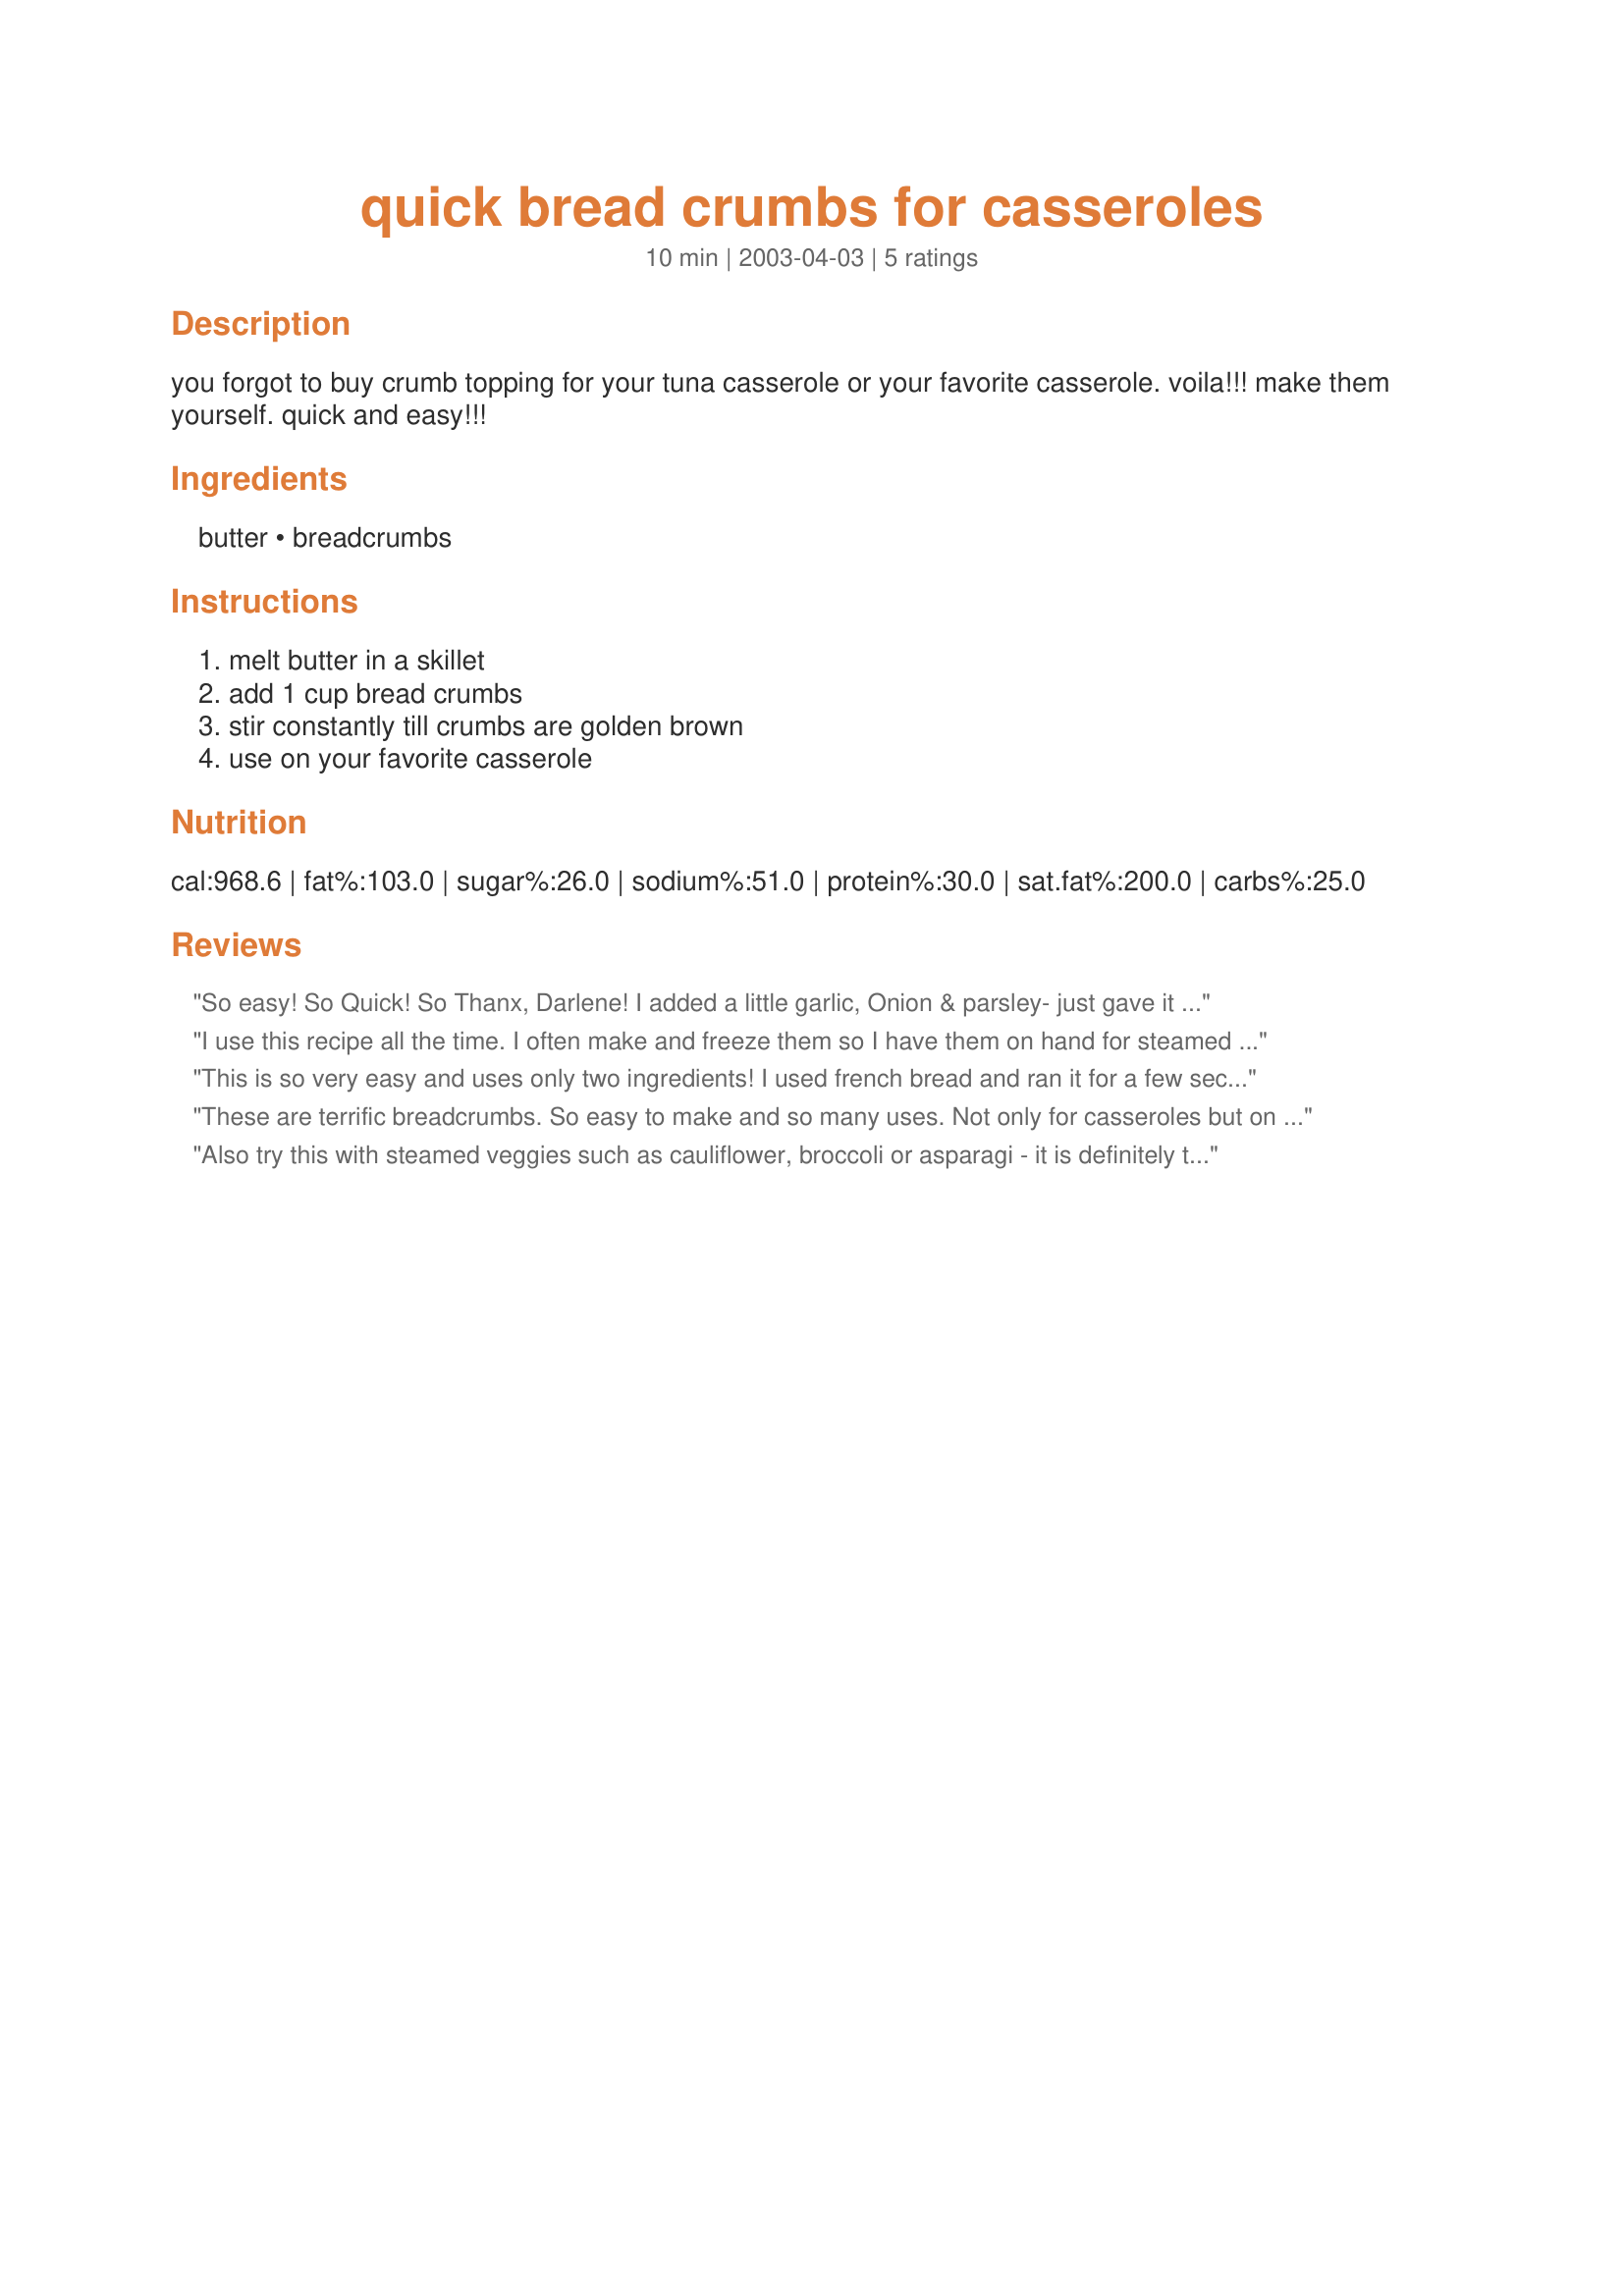
quick bread crumbs for casseroles
Preparation time: 10 minutes

you forgot to buy crumb topping for your tuna casserole or your favorite casserole. voila!!! make them yourself. quick and easy!!!

Ingredients:
butter, breadcrumbs

Steps:
melt butter in a skillet, add 1 cup bread crumbs, stir constantly till crumbs are golden brown, use on your favorite casserole

Reviews:
So easy!
So Quick!
So Thanx, Darlene!
I added a little garlic, Onion & parsley- just gave it that lift I needed for different casseroles that I make!
LaceyLady
I use this recipe all the time. I often make and freeze them so I have them on hand for steamed vegetables or casseroles. Thanks for posting!
This is so very easy and uses only two ingredients! I used french bread and ran it for a few seconds in my mimi food chopper. Couldn't be easier. Thanks for sharing your recipe Darlene!
These are terrific breadcrumbs. So easy to make and so many uses. Not only for casseroles but on top of perogy too! Yum. 
I make own breadcrumbs too with my food processor and whatever bits of bread I have around including rye bread, brown bread, buns, etc. Add seasonings to taste or as indicated by other reviews. Yum.
Also try this with steamed veggies such as cauliflower, broccoli or asparagi - it is definitely the best way of serving them...
